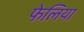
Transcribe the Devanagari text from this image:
फेलिया